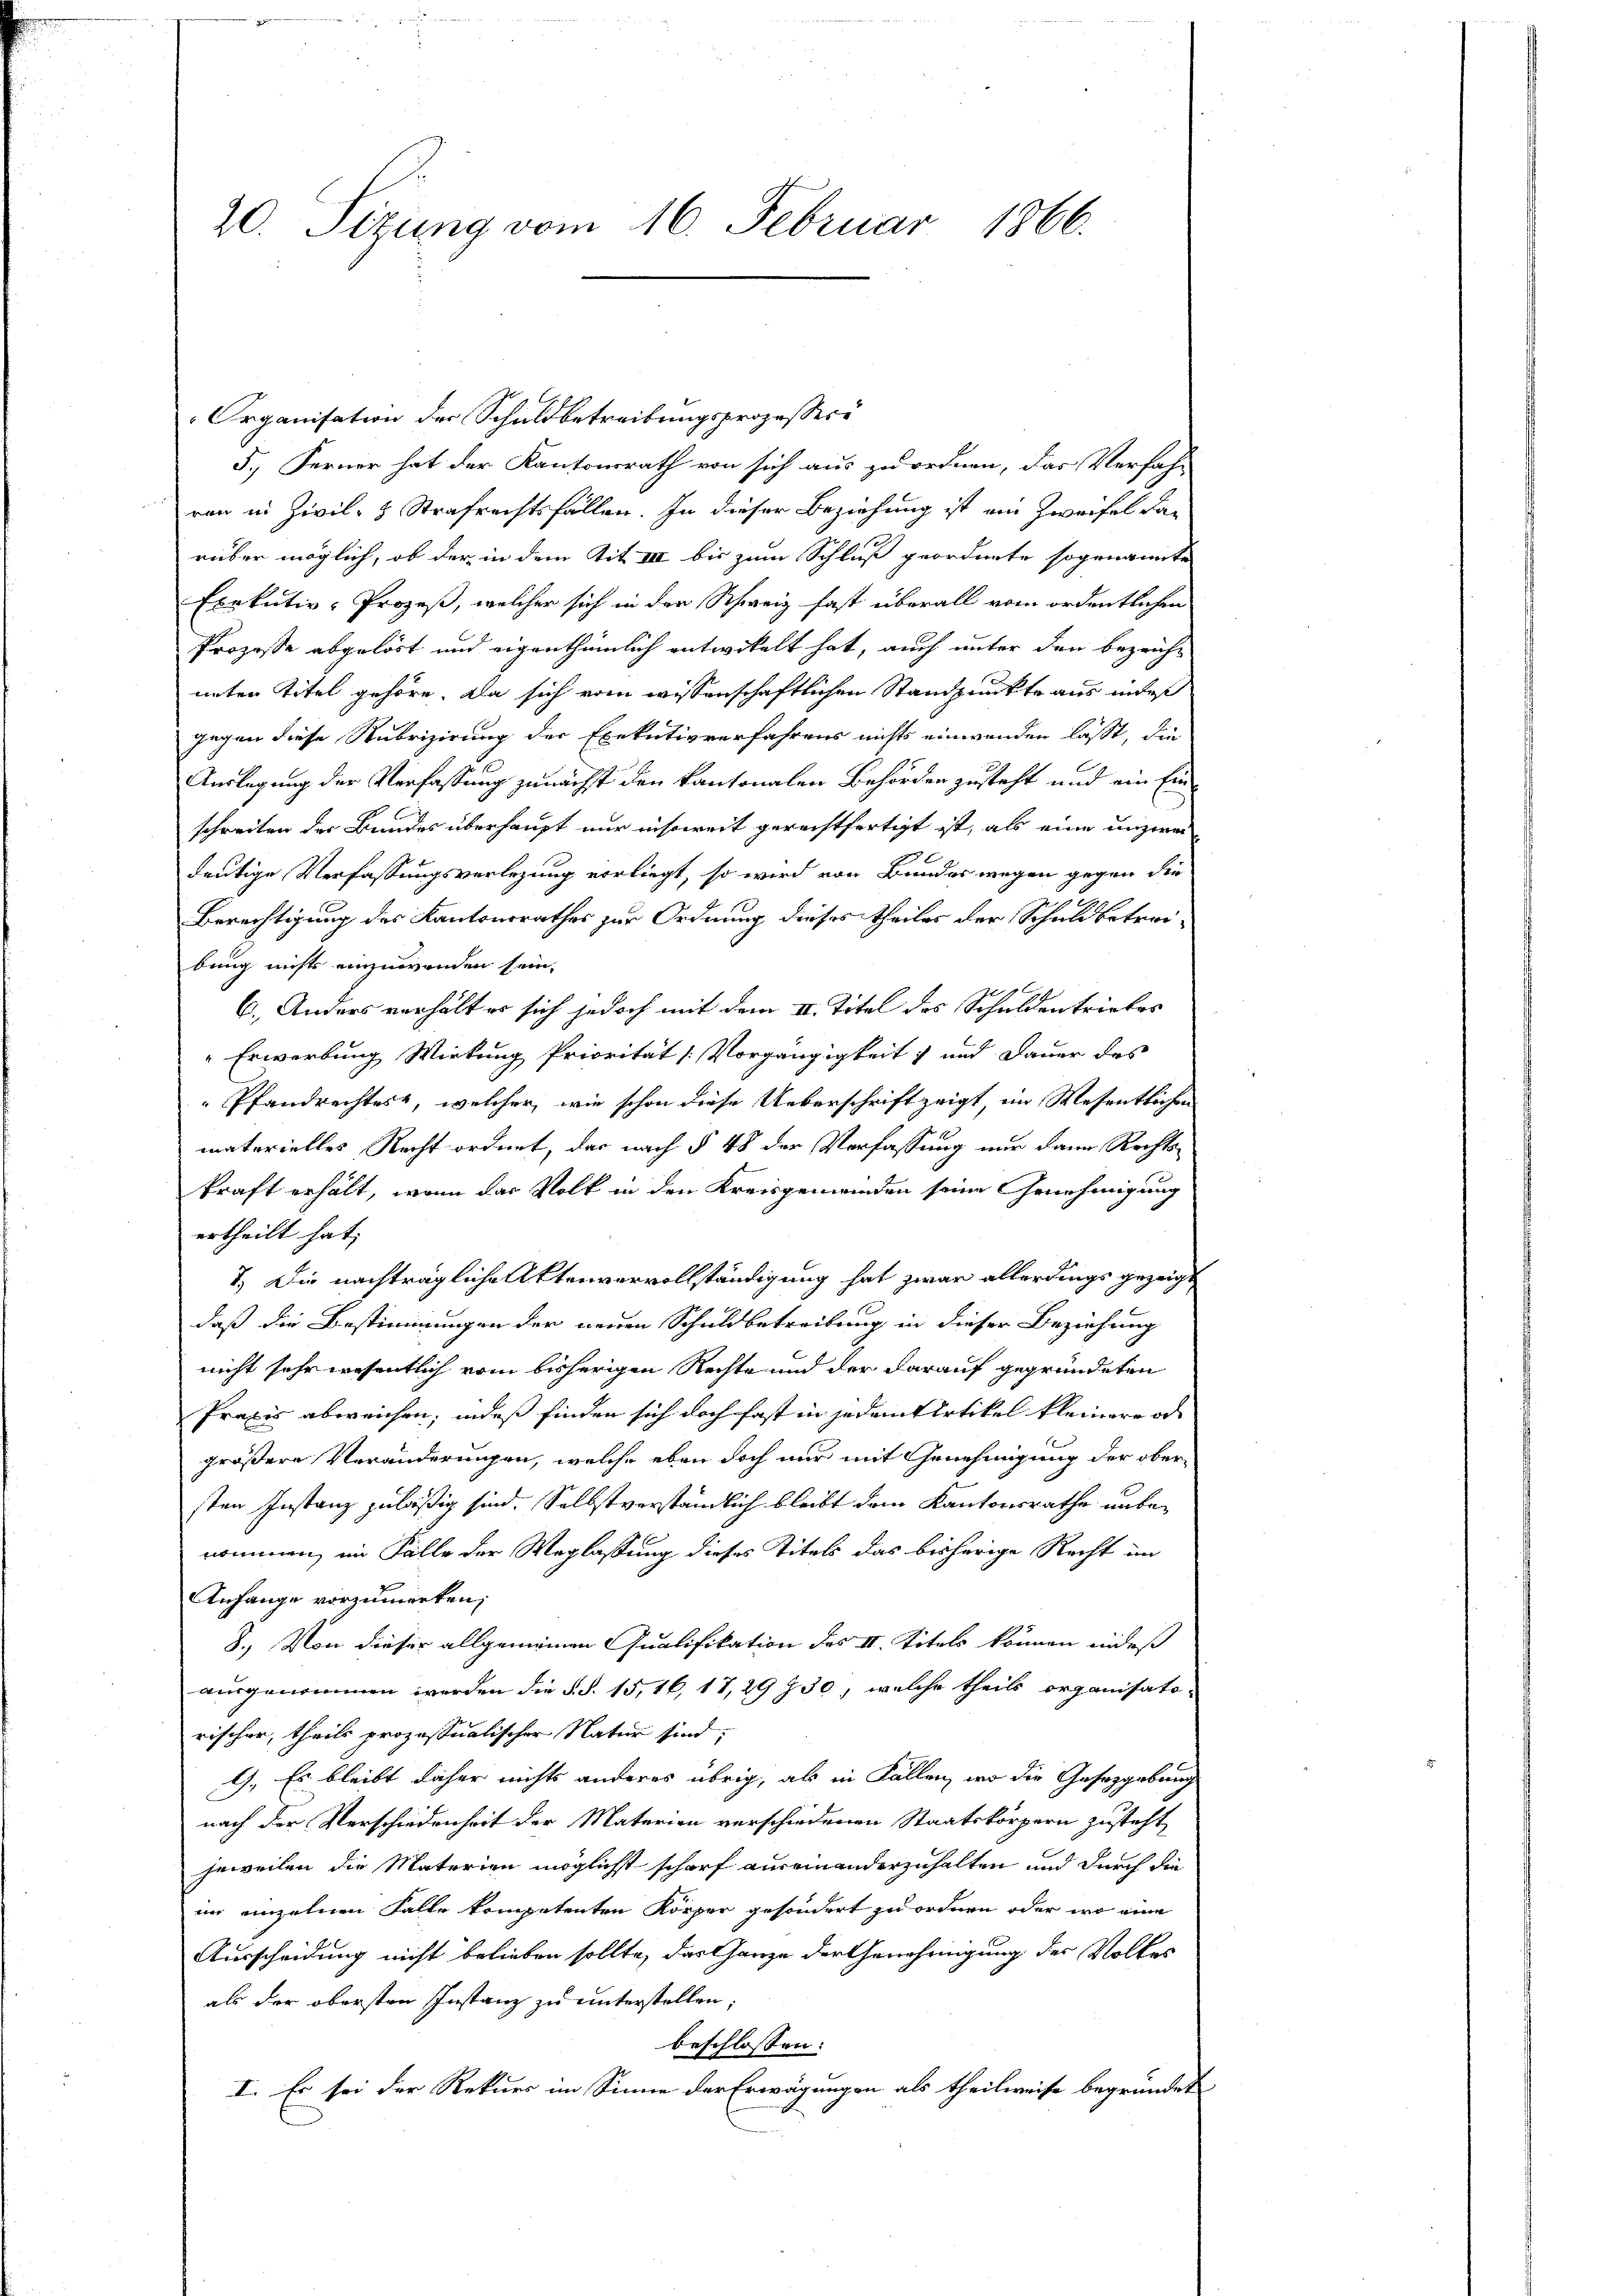
20. Sizung vom 16. Februar 1866.

5.) Ferner hat der Kantonsrath von sich aus zu ordnen, das Verfah-
von in Zivil- & Strafrechtsfällen. In dieser Beziehung ist ein Zweifel dar
rüber möglich, ob der in dem Tit. III bis zum Schluß geordnete sogenannte
Exekutiv-Prozeß, welcher sich in der Schweiz fast überall vom ordentlichen
Prozesse abgelöst und eigenthümlich entwickelt hat, auch unter den bezeiche
unter Titel gehöre. Da sich vom wissenschaftlichen Standpunkte aus indes
gegen diese Rubrizirung der Exekutivverfahrens nichts einwenden lässt, die
Auslegung der Verfassung zunächst den kantonalen Behörder zusteht und ein Einschreiten der Bundes überhaupt nur insoweit gerechtfertigt ist, als eine unzwei
deutige Verfassungsverlegung vorliegt, so wird von Bundes wegen gegen die
Berechtigung des Kantonsrathes zur Ordnung dieses theiles der Schuldbetreibung nicht einzuwenden sein,
6.) Anders verhält er sich jedoch mit dem II. Titel des Schuldentriebes
" Erwerbung Wirkung Priorität (Vorgängigkeit und Dauer des
Pfandrechtes, welcher, wie schon diese Ueberschrift zeigt, im Wesentlichen
materielles Recht ordnet, das nach § 48 der Verfassung nur dann Rechts-
kraft erhält, wenn das Volk in den Kreisgemeinden seine Genehmigung
ertheilt hat,
7.) Die nachträgliche Aktenvervollständigung hat zwar allerdings gezeigt
daß die Bestimmungen der neuen Schuldbetreibung in dieser Beziehung
nicht sehr wesentlich vom bisherigen Rechte und der darauf gegründeten
Praxis abweichen, indes finden sich doch fast in jedem tertikel kleinere ode
größere Veränderungen, welche eben doch nur mit Genehmigung der obersten Instanz zuläßig sind. Selbstverständlich bleibt dem Kantonsrathe unbenommen, im Fälle der Weglassung dieses Titels das bisherige Recht im
Anfange vorzumerken;
8.) Von dieser allgemeinen Qualifikation des II. Titels können indes
ausgenommen werden die §. §. 15, 16, 17,29 730, welche theils organisato-
rischer, theils prozessualischer Natur sind,
1). Es bleibt daher nichts anderes übrig, als in Fallen, wo die Gesetzgebung
nach der Verschiedenheit der Materien verschiedenen Staatskörpern zusteht
jeweilen die Materien möglichst scharf auseinanderzuhalten und durch die
im einzelnen Falle kompetenten Körper gesondert zu ordnen oder wo eine
Ausscheidung nicht belieben sollte, das Ganze der Genehmigung der Volkes
als der obersten Instanz zu unterstellen;
beschlossen:
I. Es sei der Rekurs im Sinne der Erwägungen als theilweise begründet

Organisation der Schuldbetreibungsprozessere